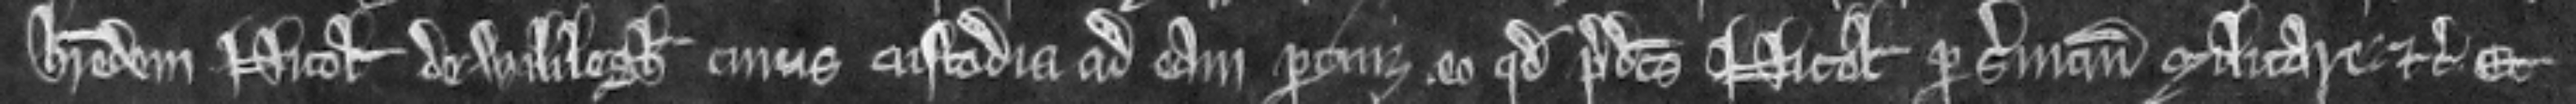
heredem Nicolai de Wililegh cujus custodia ad eam pertinet eo quod predictus Nicolaus per servicium militare etc. et